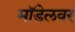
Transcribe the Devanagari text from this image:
मॉडेलवर